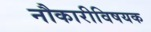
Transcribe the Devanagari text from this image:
नौकारीविषयक